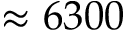
\approx 6 3 0 0